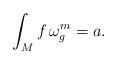
LaTeX: \begin{align*}\int_M f\, \omega_g^m = a.\end{align*}